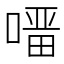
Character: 𭊇